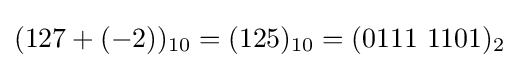
(127+(-2))_{10}=(125)_{10}=(0111\ 1101)_{2}